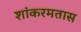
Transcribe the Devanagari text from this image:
शांकरमतास